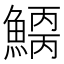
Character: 𩺂